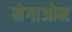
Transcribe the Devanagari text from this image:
मेगाओम